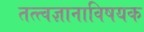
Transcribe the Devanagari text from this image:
तत्त्वज्ञानाविषयक